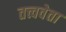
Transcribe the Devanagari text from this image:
तत्त्ववेता